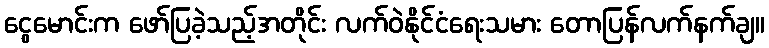
ငွေမောင်းက ဖော်ပြခဲ့သည့်အတိုင်း လက်ဝဲနိုင်ငံရေးသမား တောပြန်လက်နက်ချ။